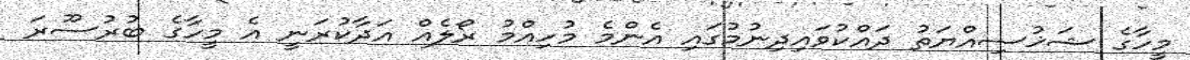
މީހާގެ ޝަޚުސިއްޔަތު ދައްކުވައިދިނުމުގައި އެންމެ މުހިއްމު ރޯލެއް އަދާކުރަނީ އެ މީހާގެ ބުރުސޫރަ